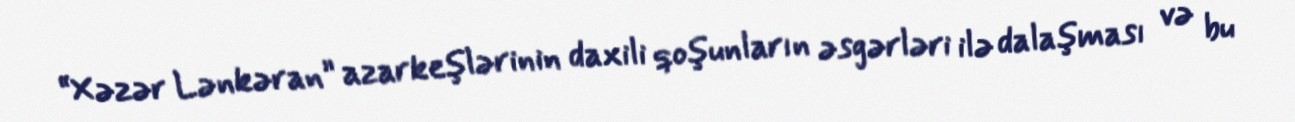
“Xəzər Lənkəran” azarkeşlərinin daxili qoşunların əsgərləri ilə dalaşması və bu